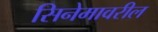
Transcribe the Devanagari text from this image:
सिनेमावरील